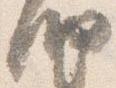
納